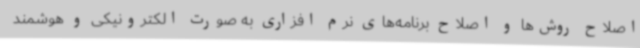
اصلاح روش‌ها و اصلاح برنامه‌های نرم افزاری به صورت الکترونیکی و هوشمند